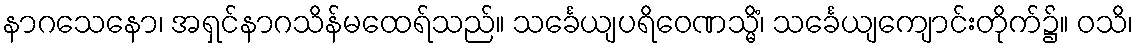
နာဂသေနော၊ အရှင်နာဂသိန်မထေရ်သည်။ သင်္ခေယျပရိဝေဏသ္မိံ၊ သင်္ခေယျကျောင်းတိုက်၌။ ဝသိ၊